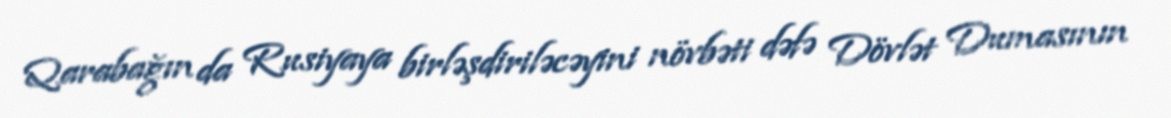
Qarabağın da Rusiyaya birləşdiriləcəyini növbəti dəfə Dövlət Dumasının